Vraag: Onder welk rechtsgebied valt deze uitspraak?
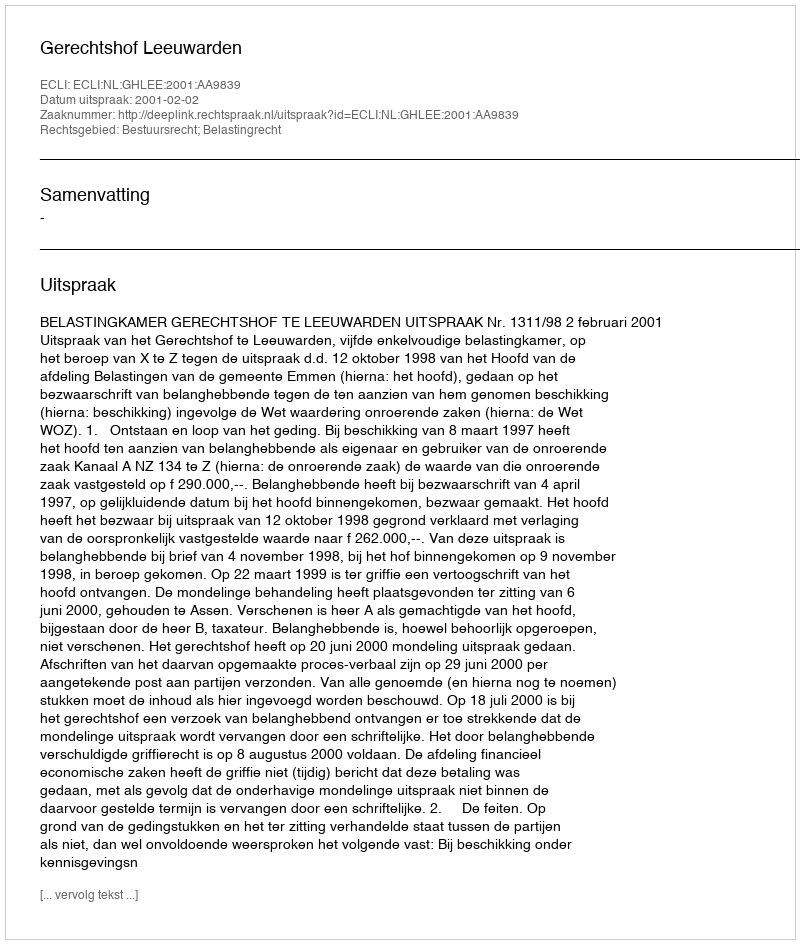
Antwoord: Bestuursrecht; Belastingrecht